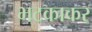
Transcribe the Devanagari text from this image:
भटकाकर